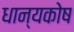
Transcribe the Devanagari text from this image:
धान्यकोष